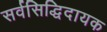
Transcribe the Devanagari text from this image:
सर्वसिद्धिदायक